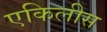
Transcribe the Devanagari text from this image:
एकिलीस